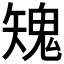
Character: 𩲶